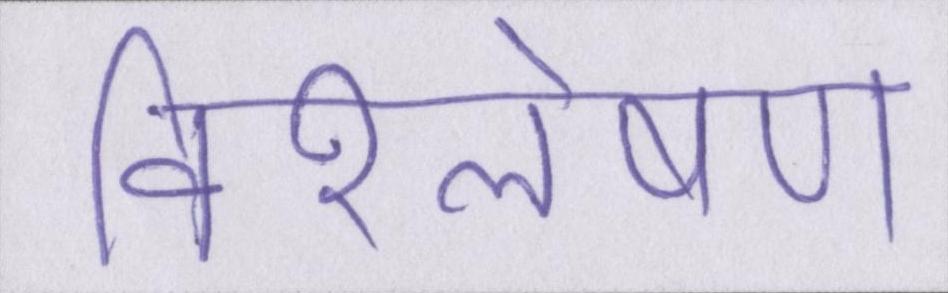
विश्लेषण